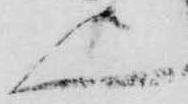
上